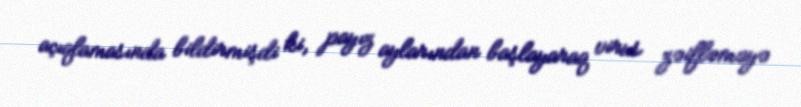
açıqlamasında bildirmişdi ki, payız aylarından başlayaraq virus zəifləməyə